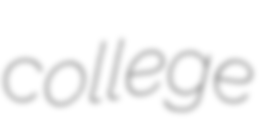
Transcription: college